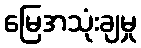
မြေအသုံးချမှု